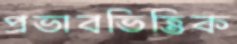
প্রভাবভিত্তিক